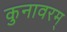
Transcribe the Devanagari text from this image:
कुनावरम्